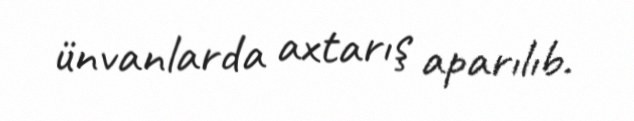
ünvanlarda axtarış aparılıb.